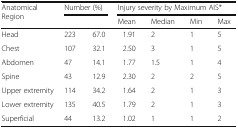
<table><thead><tr><td rowspan="2"><b>Anatomical Region</b></td><td colspan="2"><b>Number (%)</b></td><td colspan="4"><b>Injury severity by Maximum AIS*</b></td></tr><tr><td></td><td></td><td><b>Mean</b></td><td><b>Median</b></td><td><b>Min</b></td><td><b>Max</b></td></tr></thead><tbody><tr><td>Head</td><td>223</td><td>67.0</td><td>1.91</td><td>2</td><td>1</td><td>5</td></tr><tr><td>Chest</td><td>107</td><td>32.1</td><td>2.50</td><td>3</td><td>1</td><td>5</td></tr><tr><td>Abdomen</td><td>47</td><td>14.1</td><td>1.77</td><td>1.5</td><td>1</td><td>4</td></tr><tr><td>Spine</td><td>43</td><td>12.9</td><td>2.30</td><td>2</td><td>2</td><td>5</td></tr><tr><td>Upper extremity</td><td>114</td><td>34.2</td><td>1.64</td><td>2</td><td>1</td><td>3</td></tr><tr><td>Lower extremity</td><td>135</td><td>40.5</td><td>1.79</td><td>2</td><td>1</td><td>3</td></tr><tr><td>Superficial</td><td>44</td><td>13.2</td><td>1.02</td><td>1</td><td>1</td><td>2</td></tr></tbody></table>